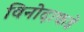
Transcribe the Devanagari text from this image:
विनोदाकडे